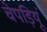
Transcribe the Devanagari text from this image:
चेपड़ियूं